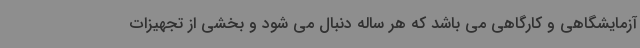
آزمایشگاهی و کارگاهی می باشد که هر ساله دنبال می شود و بخشی از تجهیزات